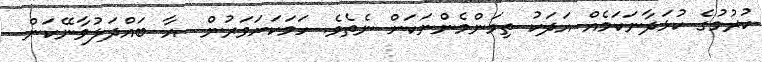
ކުރުމުގެ ކުޅަދާނަކަމެއް އަދަކު ތިމަންމެންނަކަށް ނެތެވެ. ހަމަކަށަވަރުން  އާ ބައްދަލުވާނޭކަން